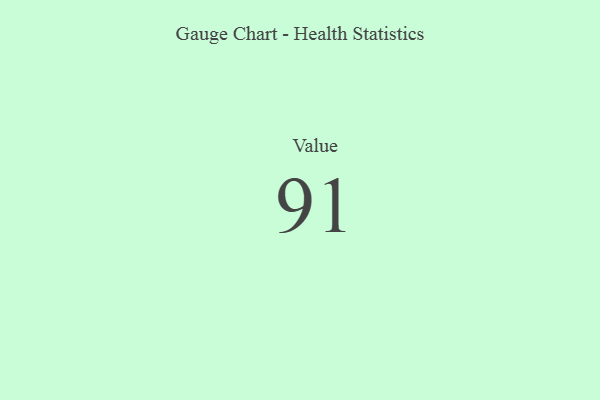
{"axis": {"x": "Metric", "y": "Value"}, "legend": [""], "data": [{"x": "Value", "y": 91, "type": ""}]}